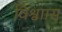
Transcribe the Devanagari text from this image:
विश्वाास